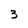
Character: 3